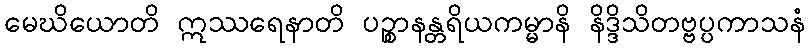
မေဃိယောတိ ဣဿရေနာတိ ပဉ္စာနန္တရိယကမ္မာနိ နိဒ္ဒိသိတဗ္ဗပ္ပကာသနံ